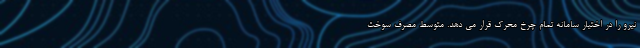
نیرو را در اختیار سامانه تمام چرخ محرک قرار می دهد. متوسط مصرف سوخت